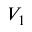
V _ { 1 }